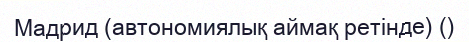
Мадрид (автономиялық аймақ ретінде) ()